Annual statistical returns and brief notes on vaccination in Bengal - 1887-1898
Year: 1887
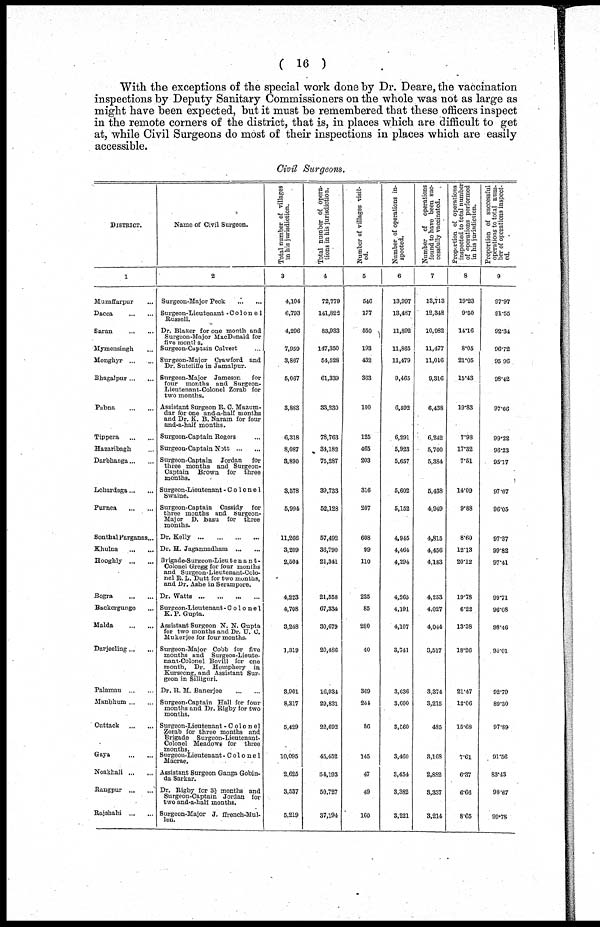
( 16 )
With the exceptions of the special work done by Dr. Deare, the vaccination
inspections by Deputy Sanitary Commissioners on the whole was not as large as
might have been expected, but it must be remembered that these officers inspect
in the remote corners of the district, that is, in places which are difficult to get
at, while Civil Surgeons do most of their inspections in places which are easily
accessible.
Civil Surgeons.
DISTRICT.
1
Muzaffarpur ...
Dacca
...
...
Saran
...
...
Mymensingh ...
Monghyr ... ...
Bhagalpur ... ...
Pabna
...
...
Tippera
...
...
Hazaribagh ...
Darbhanga ... ...
Lohardaga ... ...
Purnea
...
...
Sonthal Parganas...
Khulna
...
...
Hooghly ... ...
Bogra
...
...
Backergunge ...
Malda
...
...
Darjeeling ... ...
Palamau
...
...
Manbhum ... ...
Cuttack
...
...
Gaya
...
...
Noakhali...
...
Rangpur
...
...
Rajshahi
...
...
Name of Civil Surgeon.
2
Surgeon-Major Peck
...
...
Surgeon-Lieutenant -Colonel
Russell.
Dr. Blaker for one month and
Surgeon-Major MacDonald for
five months.
Surgeon-Captain Calvert
Surgeon-Major Crawford and
Dr. Sutcliffe in Jamalpur.
Surgeon-Major Jameson
for
four months and Surgeon¬
Lieutenant-Colonel Zorab for
two months.
Assistant Surgeon R. C. Mazum¬
dar for one and-a-half months
and Dr. K. B. Naram for four
and-a-half months.
Surgeon-Captain Rogers ...
Surgeon-Captain Nott ... ...
Surgeon-Captain Jordan for
three months and Surgeon-
Captain Brown for three
months.
Surgeon-Lieutenant -Colonel
Swaine.
Surgeon-Captain Cassidy for
three months and Surgeon-
Major D. Basu for three
months.
Dr. Kelly
...
...
...
...
Dr. H. Jagannadham
...
...
Brigade-Surgeon-Lieutenant-
Colonel Gregg for four months
and Surgeon-Lieutenant-Colo-
nel R. L. Dutt for two months,
and Dr. Ashe in Serampore.
Dr. Watts
...
...
...
...
Surgeon-Lieutenant- Co1one1
K. P. Gupta.
Assistant Surgeon N. N. Gupta
for two months and Dr. U. C.
Mukerjee for four months.
Surgeon-Major Cobb for five
months and Surgeon-Lieute-
nant-Colonel Bovill for one
month, Dr. Homphery in
Kurseong, and Assistant Sur-
geon in Silliguri.
Dr. R. M. Banerjee
...
...
Surgeon-Captain Hall for four
months and Dr. Rigby for two
months.
Surgeon-Lieutenant -Colonel
Zorab for three months and
Brigade Surgeon-Lieutenant¬
Colonel Meadows for three
months.
Surgeon-Lieutenant- Colonel
Macrae.
Assistant Surgeon Ganga Gobin¬
da Sarkar.
Dr. Rigby for 3½ months and
Surgeon-Captain Jordan for
two and-a-half months.
Surgeon-Major J. ffrench-Mul-
len.
Total number of villages
in his jurisdiction.
3
4,104
6,793
4,296
7,959
3,867
5,067
3,883
6,318
8,087
3,890
3,578
5,994
11,266
3,209
2,504
4,223
4,708
3,248
1,319
3,901
8,317
5,429
10,095
2,625
3,537
5,219
Total number of opera-
tions in his jurisdiction.
4
72,779
141,822
83,933
147,350
54,528
61,339
33,230
78,763
34,182
75,287
39,733
52,128
57,492
36,790
21,341
21,558
67,334
30,679
20,486
16,934
29,831
22,692
45,452
54,193
50,727
37,194
Number of villages visit-
ed.
5
546
177
550
193
432
363
100
125
465
203
316
207
608
99
110
225
85
280
40
369
244
86
145
47
49
160
Number of operations in-
spected.
6
13,997
13,487
11,892
11,865
11,479
9,465
6,592
6,291
5,923
5,657
5,602
5,152
4,945
4,464
4,294
4,265
4,191
4,107
3,741
3,036
3,600
3,560
3,460
3,454
3,382
3,221
Number of operations
found to have been suc¬
cessfully vaccinated.
7
13,713
12,348
10,982
11,477
11,016
9,316
6,438
6,242
5,700
5,384
5,438
4,949
4,815
4,456
4,183
4,253
4,027
4,044
3,517
3,374
3,215
485
3,168
2,882
3,337
3,214
Proportion of operations
inspected to total number
of operations performed
in his jurisdiction.
8
19.23
9.50
14.16
8.05
21.05
15.43
19.83
7.98
17.32
7.51
14.09
9.88
8.60
12.13
20.12
19.78
6.22
13.38
18.26
21.47
12.06
15.68
7.61
6.37
6.66
8.65
Proportion of successful
operations to total num-
ber of operations inspect-
ed.
9
97.97
91.55
92.34
96.72
95.96
98.42
97.66
99.22
96.23
95.17
97.07
96.05
97.37
99.82
97.41
99.71
96.08
98.46
94.01
92.79
89.30
97.89
91.56
83.43
98.67
99.78